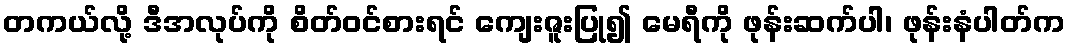
တကယ်လို့ ဒီအလုပ်ကို စိတ်ဝင်စားရင် ကျေးဇူးပြု၍ မေရီကို ဖုန်းဆက်ပါ၊ ဖုန်းနံပါတ်က